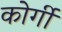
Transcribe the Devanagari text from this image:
कोर्गी